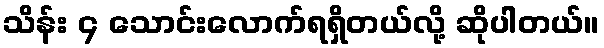
သိန်း ၄ သောင်းလောက်ရရှိတယ်လို့ ဆိုပါတယ်။